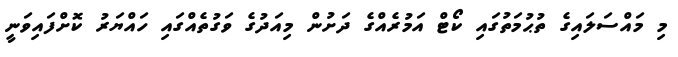
މި މައްސަލައިގެ ތުޙުމަތުގައިި ކޯޓް އަމުރެއްގެ ދަށުން މިއަދުގެ ވަގުތެއްގައި ހައްޔަރު ކޮށްފައިވަނީ